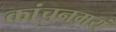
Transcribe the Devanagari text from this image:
कांचनमयं